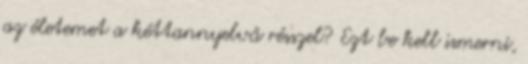
az életemet a kéttannyelvű résszel? Ezt be kell ismerni,